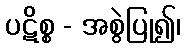
ပဋိစ္စ - အစွဲပြု၍၊